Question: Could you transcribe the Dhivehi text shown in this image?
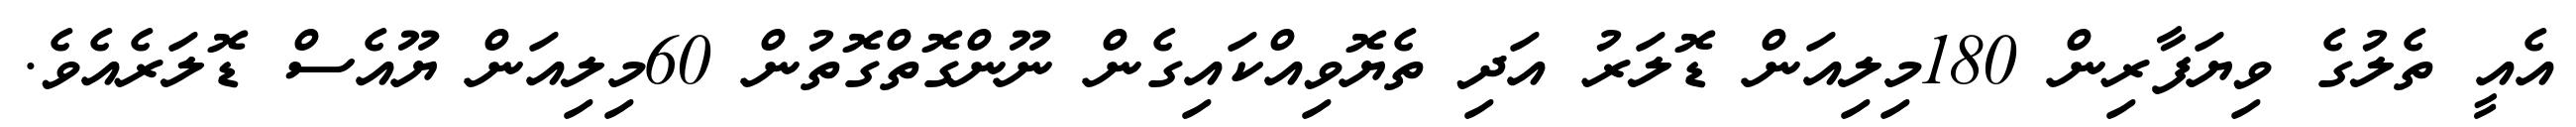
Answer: އެއީ ތެލުގެ ވިޔަފާރިން 180މިލިއަން ޑޮލަރު އަދި ތެޔޮވިއްކައިގެން ނޫންގޮތްގޮތުން 60މިލިއަން ޔޫއެސް ޑޮލަރެއެވެ.